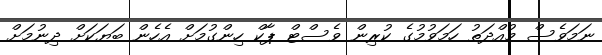
ނަމަވެސް މުއްދަތު ހަމަވުމުގެ ކުރިން ވެސްޓް ޕާކް ހިންގުމަށް އެހެން ބަޔަކަށް ދިނުމަށް